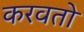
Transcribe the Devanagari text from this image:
करवतो